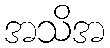
အသိအ